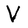
Character: V